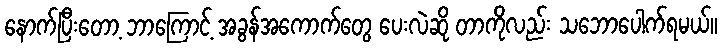
နောက်ပြီးတော့ ဘာကြောင့် အခွန်အကောက်တွေ ပေးလဲဆို တာကိုလည်း သဘောပေါက်ရမယ်။